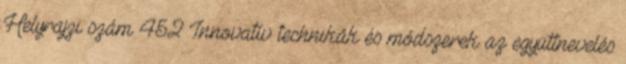
Helyrajzi szám 452 Innovatív technikák és módszerek az együttnevelés